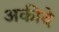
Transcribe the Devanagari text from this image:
अकीदे